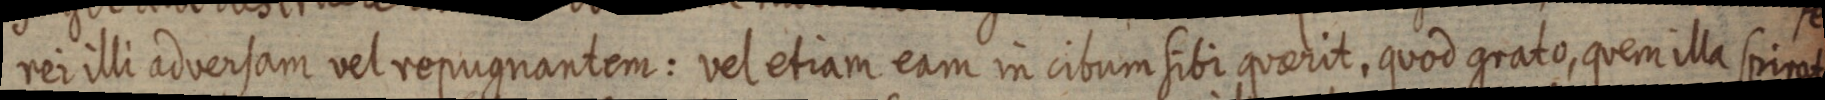
rei illi adversam vel repugnantem: vel etiam eam in cibum sibi quaerit, quod grato, quem illa spirat